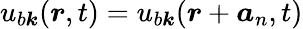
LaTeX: u_{b\boldsymbol k}(\boldsymbol r,t)=u_{b\boldsymbol k}(\boldsymbol r+\boldsymbol a_{n},t)